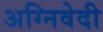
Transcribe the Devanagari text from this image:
अग्निवेदी